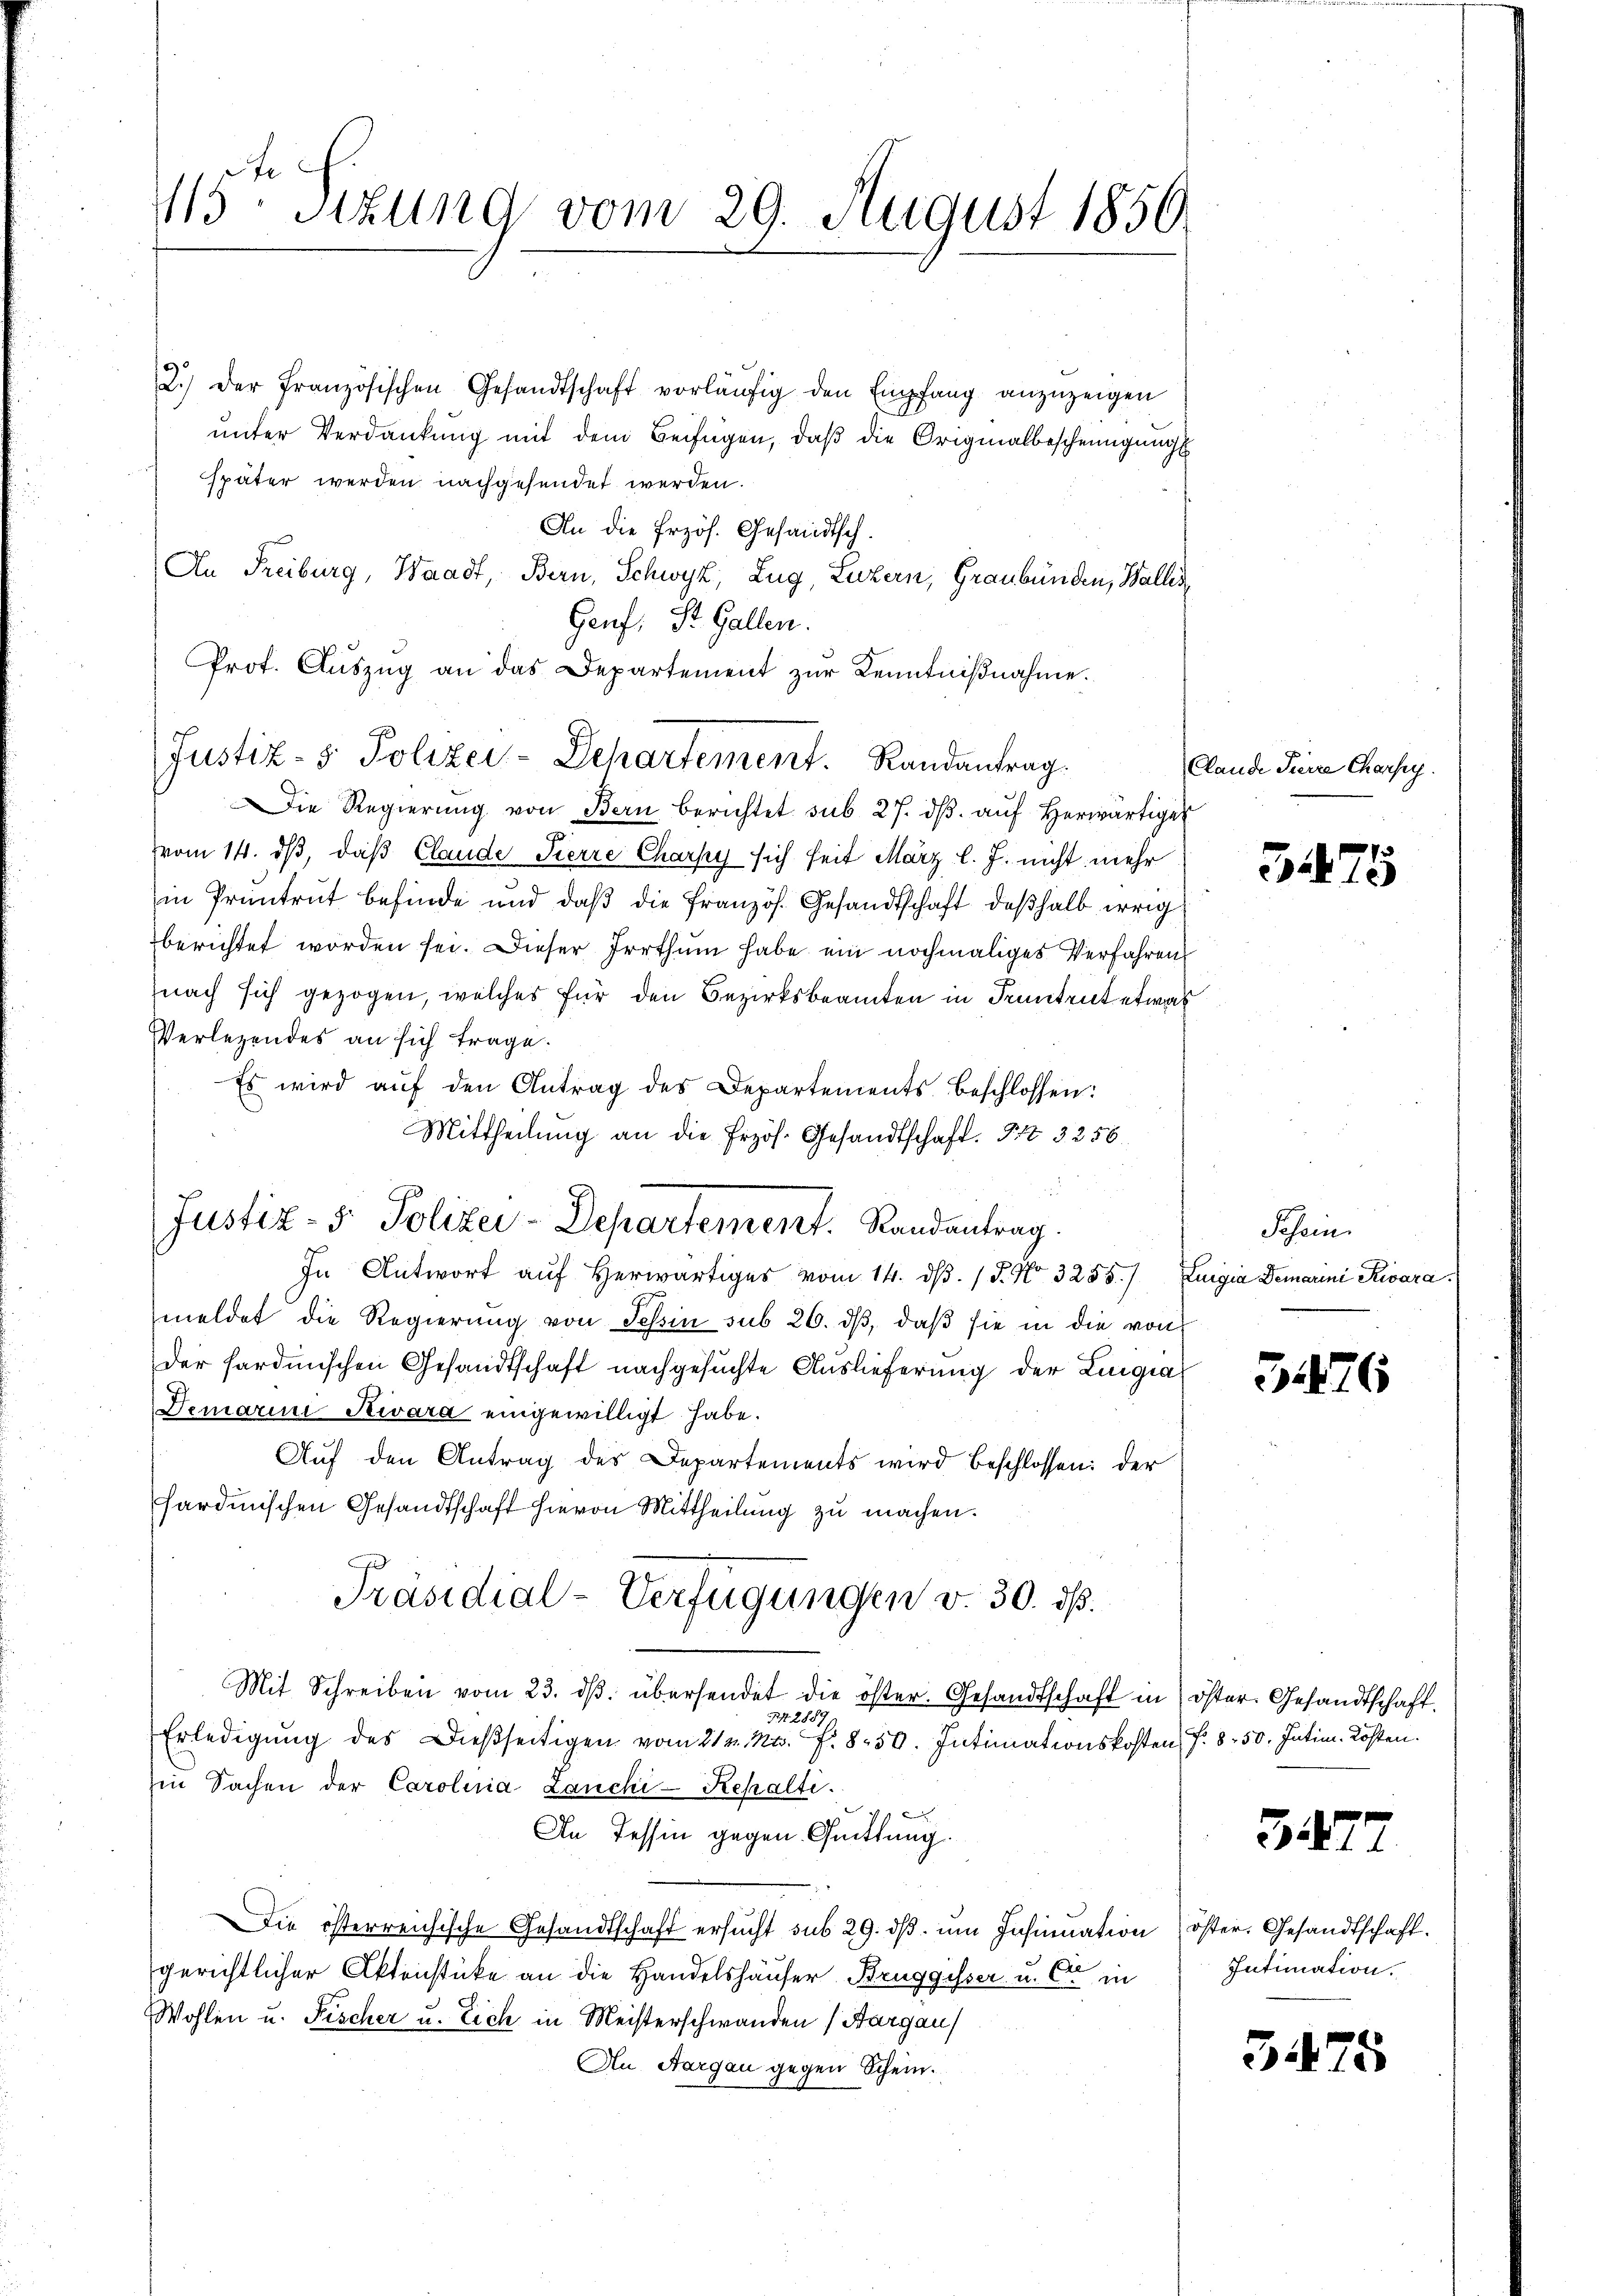
2.) Der französischen Gesandtschaft vorläŭfig den Empfang anzuzeigen
unter Verdankung mit dem Beifügen, daß die Originalbescheinigung
später werden nachgesendet werden.
An die Erzös. Gesandtsch.
An Freiburg, Waadt, Bern, Schwyz, Zug, Luzern, Graubünden, Wallis,
Genf. St. Gallen.
Prot. Aŭszŭg an das Departement zŭr Kenntniβnahme.
Die Regierŭng von Bern berichtet sub 27. dβ aŭf herwärtige
vom 14. dß, daß Claude Pierre Charpy sich seit März l. J. nicht mehr
in Pruntrut befinde und daß die französ. Gesandtschaft deßhalb irrig
berichtet worden sei. Dieser Irrthum habe ein nochmaliges Verfahren
nach sich gezogen, welches für den Bezirksbeamten in Pruntrut etwas
Verlegendes an sich trage.
Es wird auf den Antrag des Departements beschlossen:
Mittheilung an die Erzös. Gesandtschaft. Nr. 3256.
In Antwort auf herwärtiges vom 14. dβ. / 5. No 3255/ Luigia Demarini Rwara.
meldet die Regierung von Tessin sub 26. dβ, daβ sie in die von
der sardinischen Gesandtschaft nachgesuchte Auslieferung der Lingia
Demarini Swara eingewilligt habe.
Auf den Antrag des Departements wird beschlossen: der
sardinischen Gesandtschaft hievon Mittheilung zu machen.
Präsidial-Verfügungen v. 30. ds.
Mit Schreiben vom 23. dβ übersendet die öster. Gesandtschaft in öster. Gesandtschaft,
t 2889,
Erledigung des Dießseitigen vom 212. No. f. 8.50. Intimationskosten f. 8. 50. Intim. Kosten.
in Sachen der Carolinia Lancki-Rehalti
In Tessin gegen Quittung.
Die österreichische Gesandtschaft ersucht sub 29. dβ. ŭm Insinuation öster. Gesandtschaft.
gerichtlicher Aktenstücke an die Handelshäuser Bruggisser u. Cie in
Wohlen u. Fischer u. Eich in Meisterschwanden (Aargau)
An Aargau gegen Schein.

115 Sitzung vom 29. August 1856

Justiz- & Polizei-Departement. Randantrag.

Justiz- & Polizei-Departement. Randantrag.

Clande Pierre Charfey.

3475

Tessin.

3476

327

Intimation.

5475